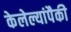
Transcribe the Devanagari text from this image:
केलेल्यांपैकी